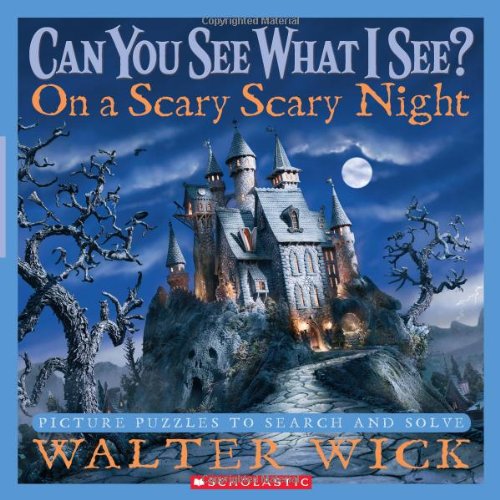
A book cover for Can You See What I See?: On a Scary Scary Night: Picture Puzzles to Search and Solve; Walter Wick; Children's Books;